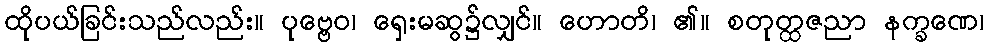
ထိုပယ်ခြင်းသည်လည်း။ ပုဗ္ဗေဝ၊ ရှေးမဆွ၌လျှင်။ ဟောတိ၊ ၏။ စတုတ္ထဇညာ နက္ခဏေ၊